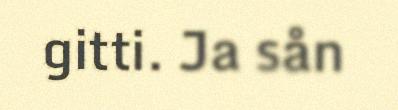
gitti. Ja sån